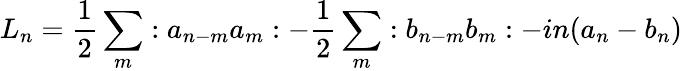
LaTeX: L_{n}={\frac 12}\sum_{m}:a_{n-m}a_{m}:-{\frac 12}\sum_{m}:b_{n-m}b_{m}:-in(a_{n}-b_{n})